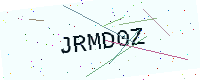
Text: JRMD0Z